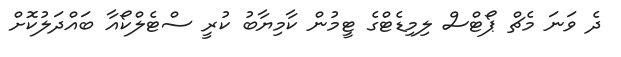
ދެ ވަނަ މެޗް ޕޯޓްސް ލިމިޑެޓްގެ ޓީމުން ކާމިޔާބު ކުރީ ސްޓެލްކޯއާ ބައްދަލުކޮށް